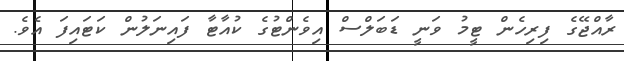
ރާއްޖޭގެ ފިރިހެން ޓީމު ވަނީ ޑަބަލްސް އިވެންޓުގެ ކުއާޓާ ފައިނަލުން ކަޓައިފަ އެވެ.